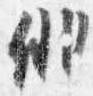
徘